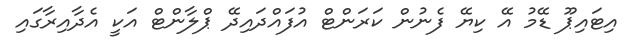
އިޓައިޕޫ ޑޭމު އޭ ކިޔޭ ފެނުން ކަރަންޓް އުފައްދައިދޭ ޕްލާންޓް އަކީ އެދާއިރާގައި